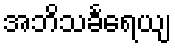
အဘိသင်္ခရေယျ